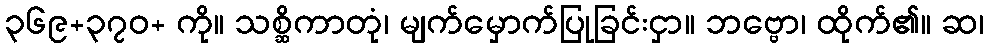
၃၆၉+၃၇၀+ ကို။ သစ္ဆိကာတုံ၊ မျက်မှောက်ပြုခြင်းငှာ။ ဘဗ္ဗော၊ ထိုက်၏။ ဆ၊